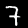
Digit: 7